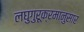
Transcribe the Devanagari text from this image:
लघुगुरूक्रमानुसार